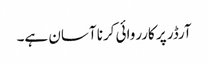
آرڈر پر کارروائی کرنا آسان ہے۔